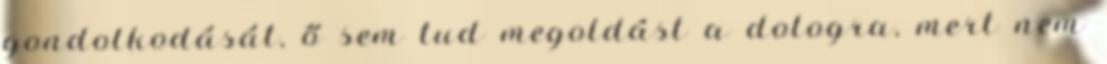
gondolkodását, ő sem tud megoldást a dologra, mert nem